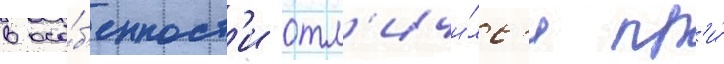
в осо́б'енност'и отл'ичи́лс'я пр'и́